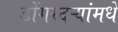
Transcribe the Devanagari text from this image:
डोंगरदऱ्यांमधे